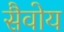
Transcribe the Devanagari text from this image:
सैवोय